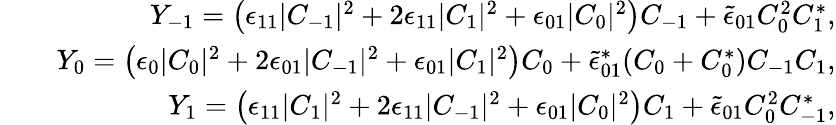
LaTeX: \begin{array}{rlr}&{}&{Y_{-1}=\left(\epsilon_{11}|C_{-1}|^{2}+2\epsilon_{11}|C_{1}|^{2}+\epsilon_{01}|C_{0}|^{2}\right)C_{-1}+\tilde{\epsilon}_{01}C_{0}^{2}C_{1}^{*},}\\ &{}&{Y_{0}=\left(\epsilon_{0}|C_{0}|^{2}+2\epsilon_{01}|C_{-1}|^{2}+\epsilon_{01}|C_{1}|^{2}\right)C_{0}+\tilde{\epsilon}_{01}^{*}(C_{0}+C_{0}^{*})C_{-1}C_{1},}\\ &{}&{Y_{1}=\left(\epsilon_{11}|C_{1}|^{2}+2\epsilon_{11}|C_{-1}|^{2}+\epsilon_{01}|C_{0}|^{2}\right)C_{1}+\tilde{\epsilon}_{01}C_{0}^{2}C_{-1}^{*},}\end{array}